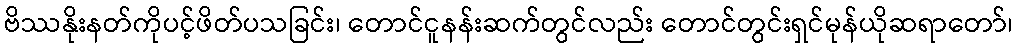
ဗိဿနိုးနတ်ကိုပင့်ဖိတ်ပသခြင်း၊ တောင်ငူနန်းဆက်တွင်လည်း တောင်တွင်းရှင်မုန်ယိုဆရာတော်၊